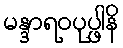
မန္ဒာရဝပုပ္ဖါနိ